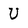
Character: U